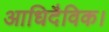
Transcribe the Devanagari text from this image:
आधिदैविक।